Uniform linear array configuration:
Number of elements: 4
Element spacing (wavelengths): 0.5
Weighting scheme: blackman
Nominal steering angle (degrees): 60
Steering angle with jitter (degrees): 59.043
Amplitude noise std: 0.05
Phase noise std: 0.05

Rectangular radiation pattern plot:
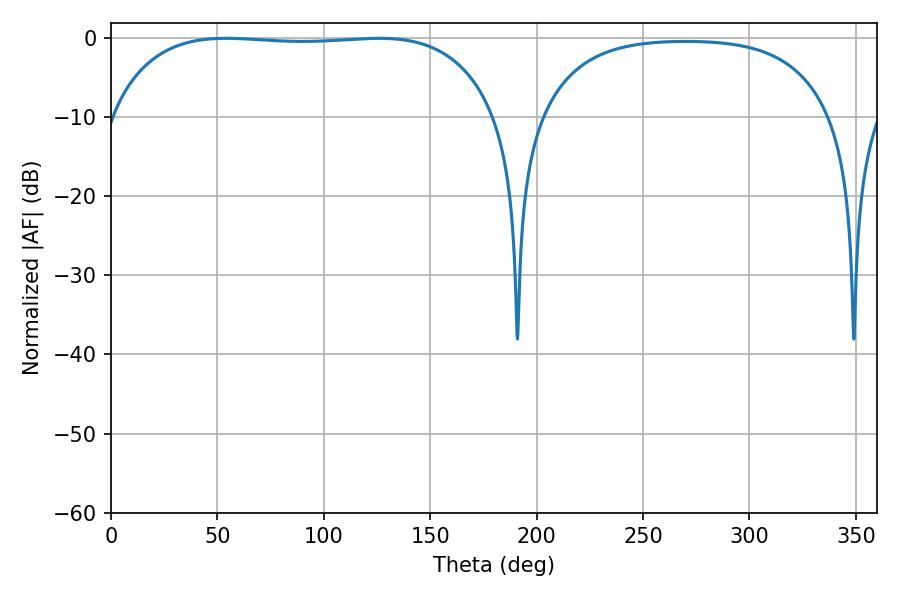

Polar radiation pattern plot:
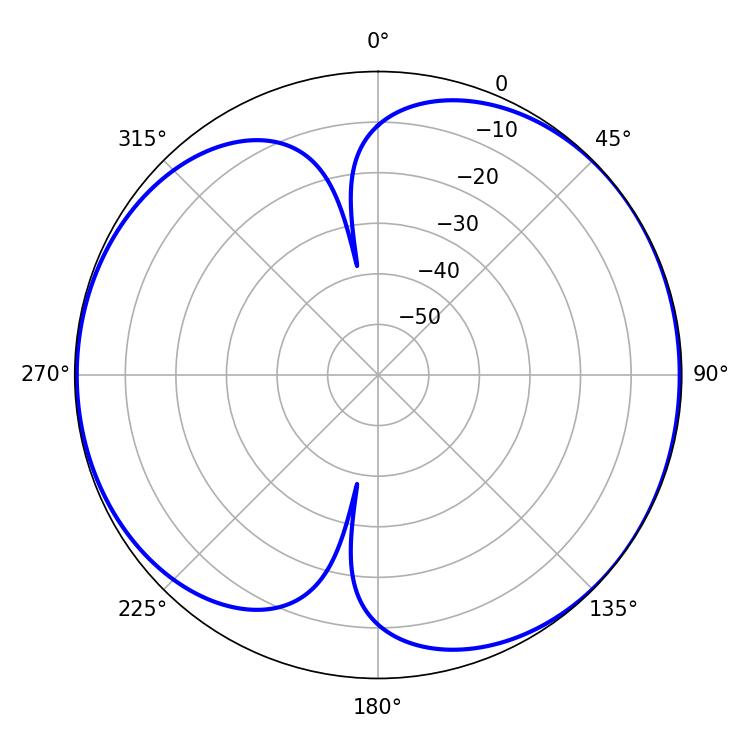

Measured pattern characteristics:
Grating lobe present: FALSE
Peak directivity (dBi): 5.998
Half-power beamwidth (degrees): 143.64
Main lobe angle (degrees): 54.18